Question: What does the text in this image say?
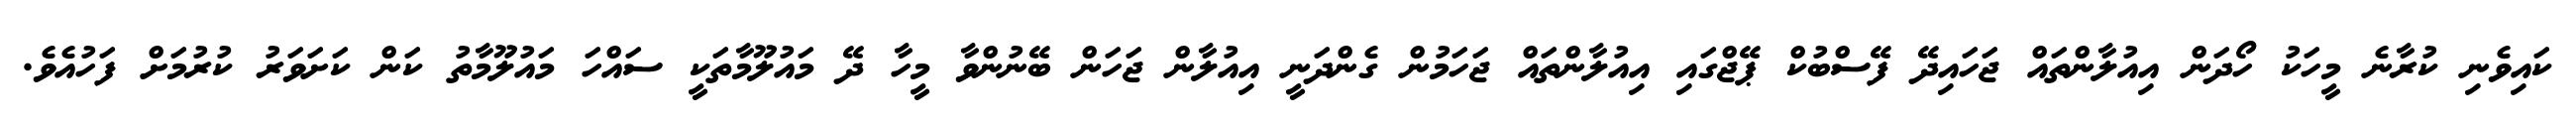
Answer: ކައިވެނި ކުރާނެ މީހަކު ހޯދަން އިއުލާންތައް ޖަހައިދޭ ފޭސްބުކް ޕޭޖްގައި އިއުލާންތައް ޖަހަމުން ގެންދަނީ އިއުލާން ޖަހަން ބޭނުންވާ މީހާ ދޭ މައުލޫމާތަކީ ސައްހަ މައުލޫމާތު ކަން ކަށަވަރު ކުރުމަށް ފަހުއެވެ.